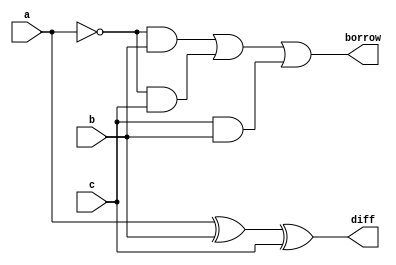
module fs(a,b,c,borrow,diff);
  input a,b,c;
  output diff,borrow;
  assign diff = a^b^c;
  assign borrow = ((~a)&b)|((~a)&c)|(c&b);
endmodule